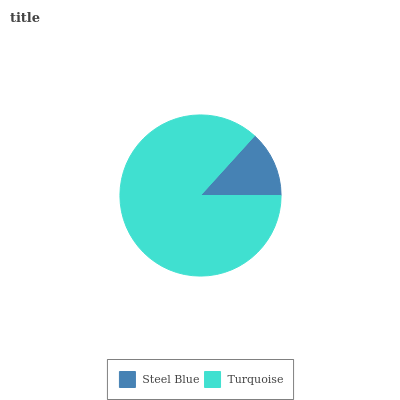
| Steel Blue | Turquoise |
 | --- | --- |
 | 13.3% | 86.7% |